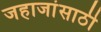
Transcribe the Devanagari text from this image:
जहाजांसाठी